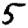
Digit: 5